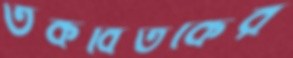
তর্কবিতর্কের